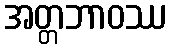
အတ္တဘာဝဿ